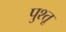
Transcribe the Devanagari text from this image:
पुश्‍तू